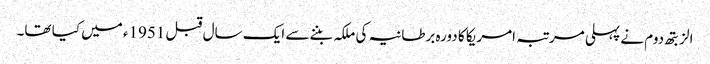
الزبتھ دوم نے پہلی مرتبہ امریکا کا دورہ برطانیہ کی ملکہ بننے سے ایک سال قبل 1951ء میں کیا تھا۔